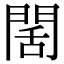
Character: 䦚